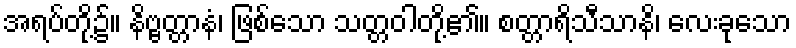
အရပ်တို့၌။ နိဗ္ဗတ္တာနံ၊ ဖြစ်သော သတ္တဝါတို့၏။ စတ္တာရိသီသာနိ၊ လေးခုသော